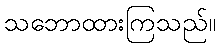
သဘောထားကြသည်။